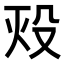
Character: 𬆡